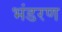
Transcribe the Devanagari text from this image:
भंडरण